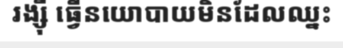
រង្ស៊ី ធ្វើនយោបាយមិនដែលឈ្នះ